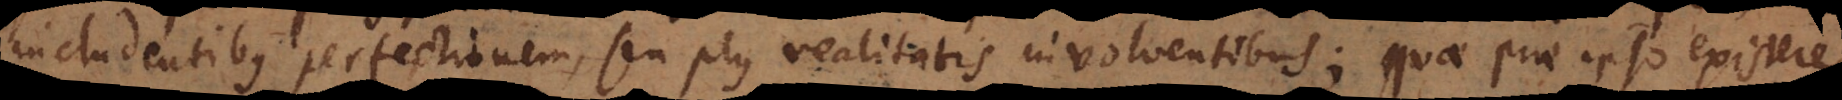
includentibus perfectionem, seu plus realitatis involventibus; quae prae ipso existere